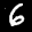
Label: 6